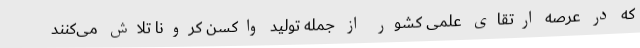
که در عرصه ارتقای علمی کشور از جمله تولید واکسن کرونا تلاش می‌کنند